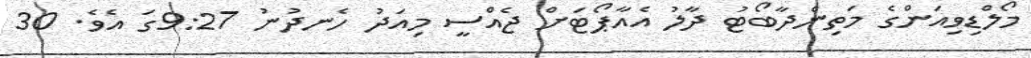
މޯލްޑިވިއަންގެ މަތިންދާބޯޓު ދާލު އެއާޕޯޓަށް ޖެއްސީ މިއަދު ހެނދުނު 9:27ގަ އެވެ. 30